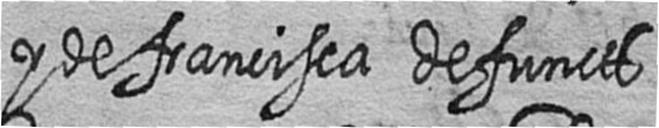
y de francisca defuncts